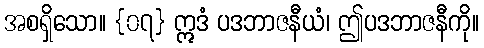
အစရှိသော။ {၀၇} ဣဒံ ပဒဘာဇနီယံ၊ ဤပဒဘာဇနီကို။